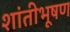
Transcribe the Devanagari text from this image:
शांतीभूषण